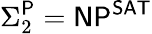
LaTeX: \Sigma_{2}^{\mathsf{P}}={\mathsf{NP}}^{\mathsf{SAT}}